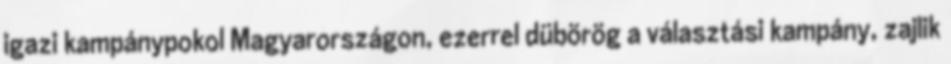
igazi kampánypokol Magyarországon, ezerrel dübörög a választási kampány, zajlik